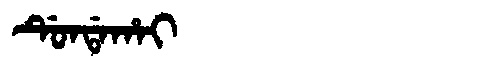
Manchu: ᡩᡠᠨᡩᠠᡥᠠᡳ
Romanization: DUNDAHAI